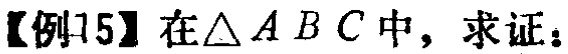
【例15】在$\triangle ABC$中，求证：